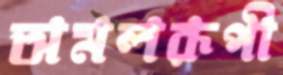
অমলরূপী